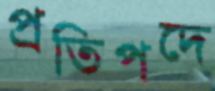
প্রতিপদে